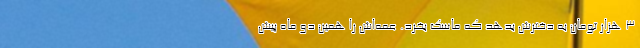
۳ هزار تومان به دخترش بدهد که ماسک بخرد. عمه‌اش را همین دو ماه پیش